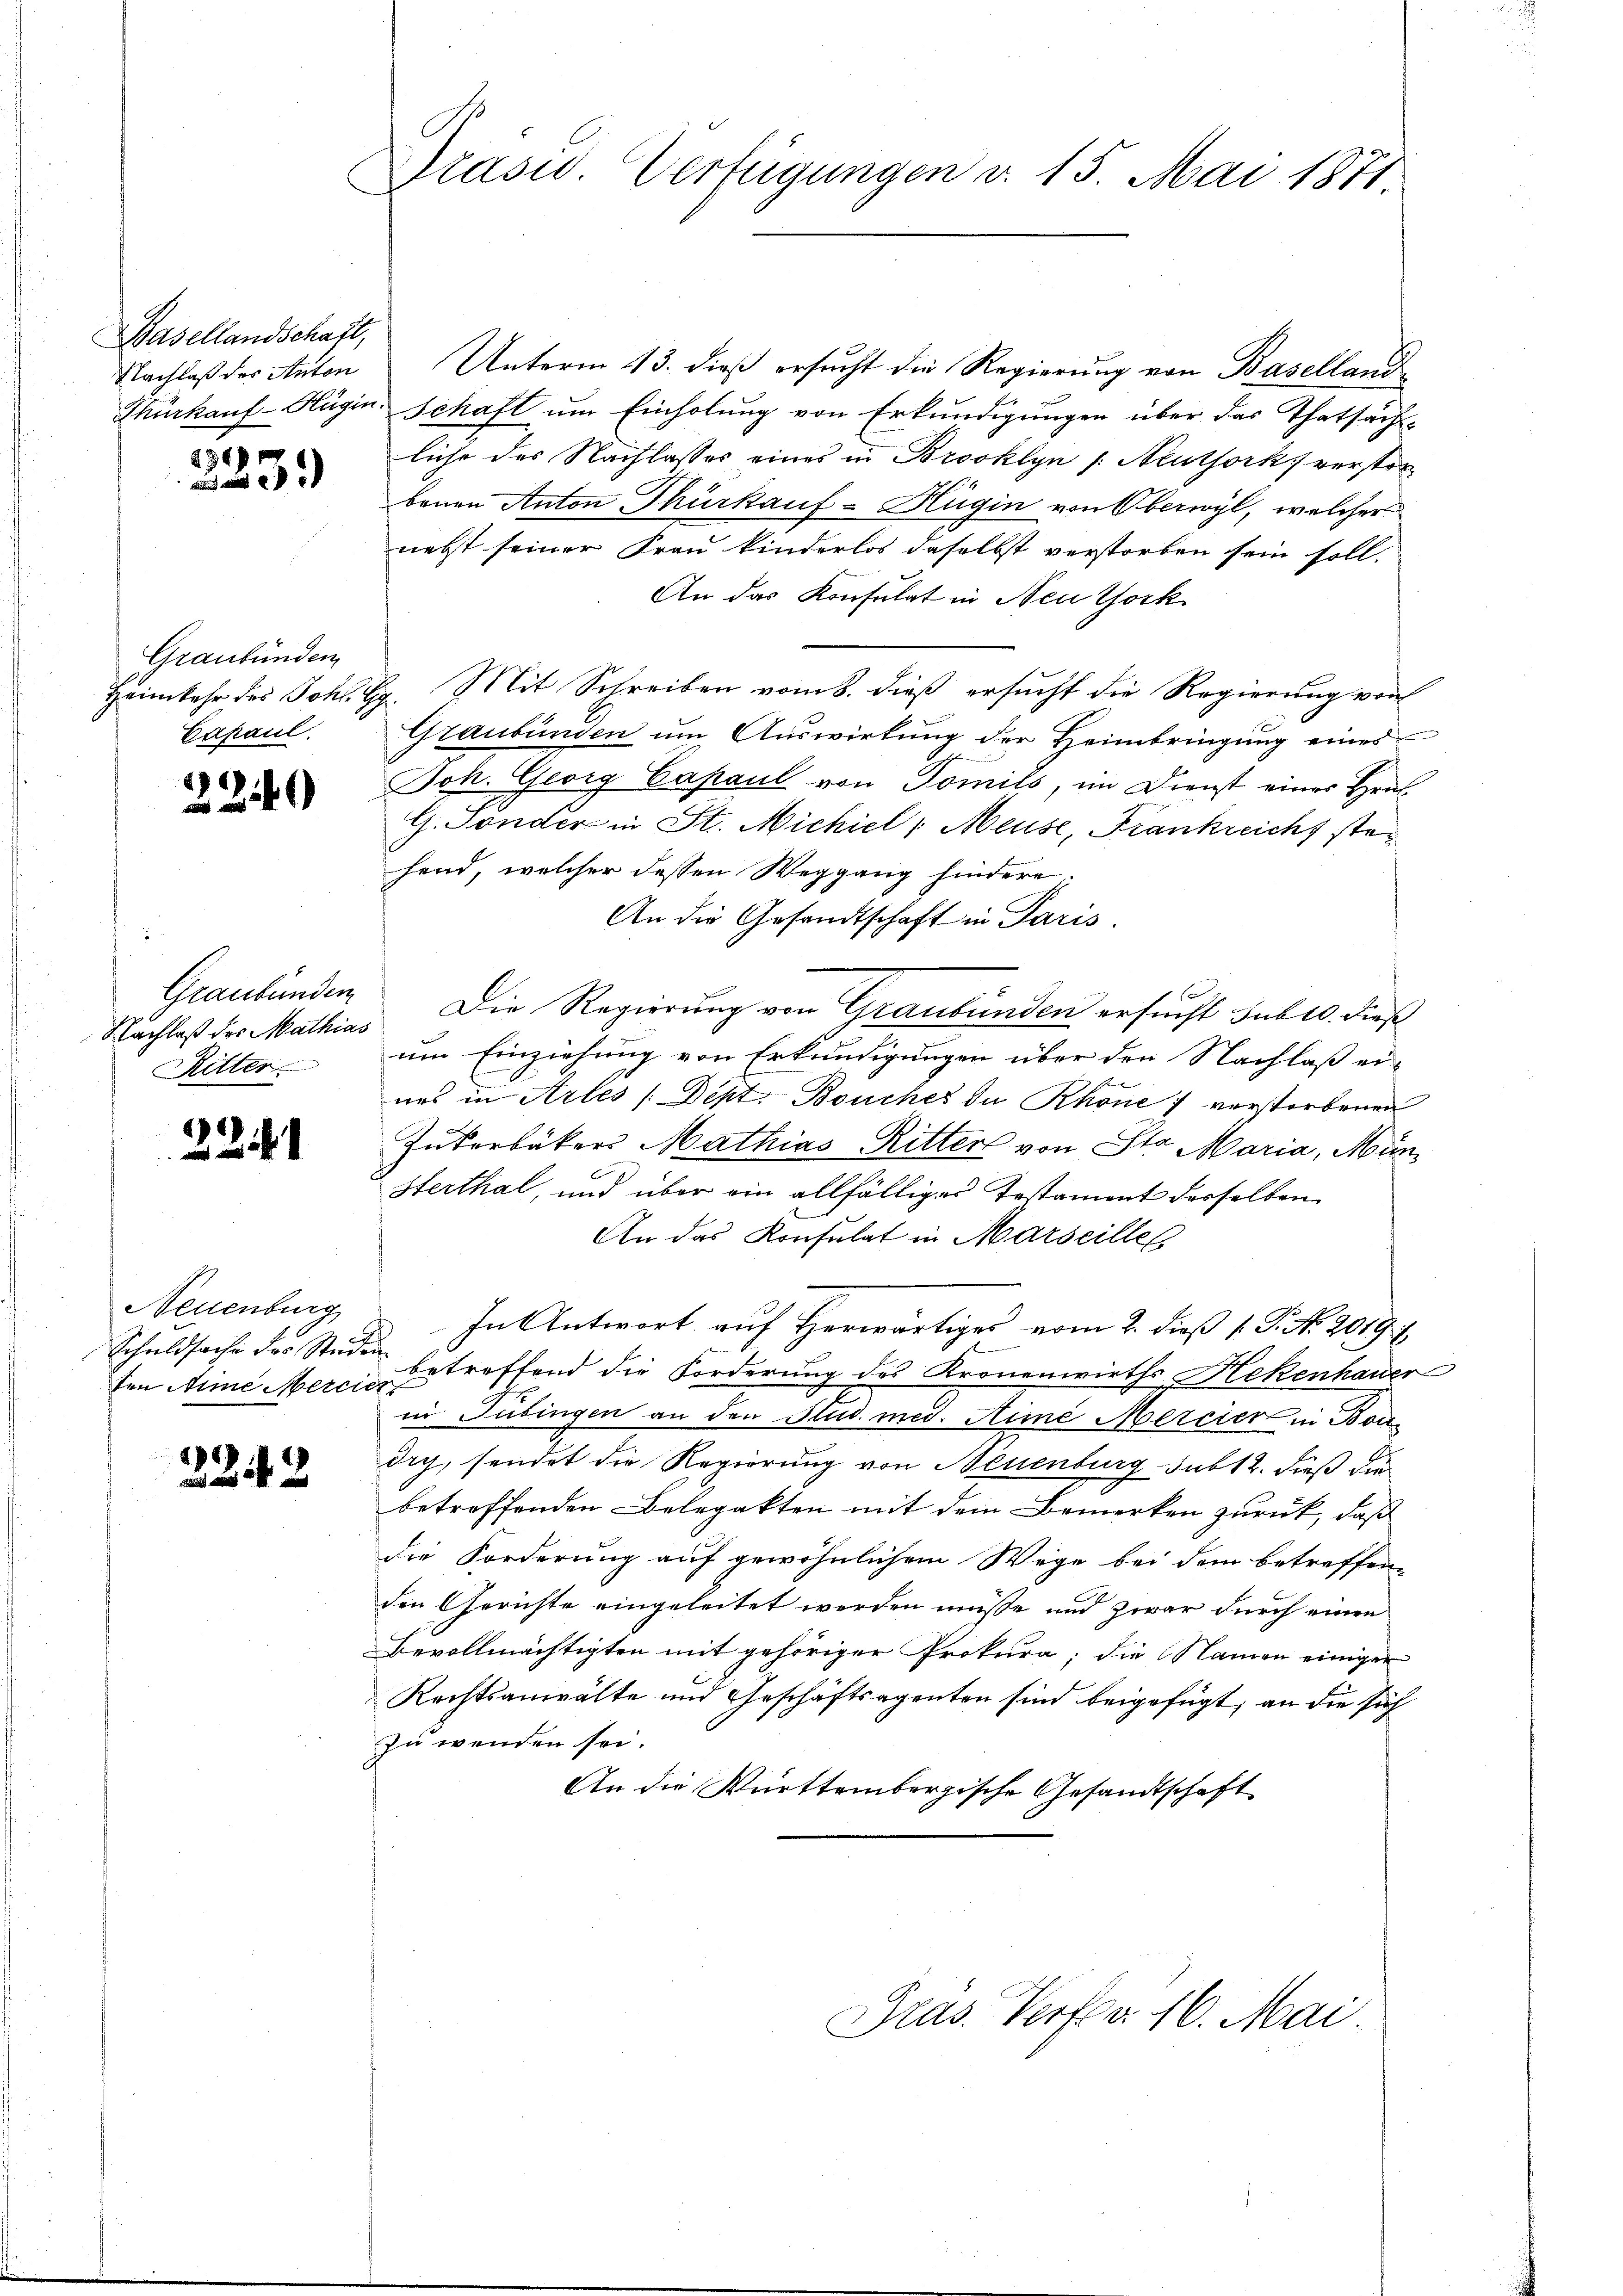
Basellandschaft,
Nachlaß des Anton

430

Graubünden
Capaul.

2240

Graubünden
Nachlaß des Mathias
Ritter

221

Neuenburg
Schuldsache der Ste
ten Mine Merc

2242

Praswo. Verfügungen v. 15. Mai 1871

Unterm 13. dieß ersucht die Regierung von Baselland¬
Thürkauf-Hügin. Schaft um Einholung von Erkundigungen über das Thatsäch-
liche des Nachlasses eines in Brooklyn /: Neuthork verstor
benen Anton Thürkauf-Hügin von Oberwyl, welcher
nebst seiner Frau kinderlos daselbst verstorben sein soll,
An das Konsulat in Neuthork
Heimkehr des Johl. G. Mit Schreiben vom 8. dieß ersucht die Regierung von
Graubünden um Auswirkung der Heimbringung eines
Joh. Georg Capaul von Tomils, im Dienst eines Hrn.
G. Sonder in St. Michiel (Meuse, Frankreicht stehend, welcher dessen Weggang hindere.
An die Gesandtschaft in Paris.
Die Regierung von Graubünden ersucht sub 10. dieß
um Einziehung von Erkundigungen über den Nachlaß ei-
nes in Arles /:Dept. Bouches de Rhone 7 verstorbenen
Zukerbäckers Mathias Ritter von Sto Maria, Mün¬
Sterthal, und über ein allfälliges Testament derselben
An das Konsulat in Marseilles
In Antwort auf Herwärtiges vom 2. dieß P. Nr. 2019
betreffend die Forderung des Kronenwirths Hekenhauer
 Tübingen an den Stud. med. Aimé Mercier in Bondry, sendet die Regierung von Neuenburg sub 12. dieß die
betreffenden Belegakten mit dem Bemerken zurück, daß
die Forderung auf gewöhnlichem Wege bei dem betreffen-
den Gerichte eingeleitet werden müsse und zwar durch einen
Bevollmächtigten mit gehöriger Prokura, die Namen einiger
Rechtsanwälte und Geschäftsagenten sind beigefügt, an die sich
zu wenden sei.
An die Württembergische Gesandtschaft

Pras. Verfer 16. Mai.